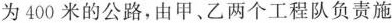
为400米的公路，由甲、乙两个工程队负责施